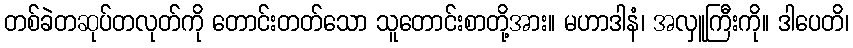
တစ်ခဲတဆုပ်တလုတ်ကို တောင်းတတ်သော သူတောင်းစာတို့အား။ မဟာဒါနံ၊ အလှူကြီးကို။ ဒါပေတိ၊